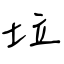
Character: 垃